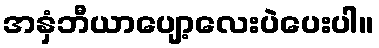
အနှံဘီယာပျော့လေးပဲပေးပါ။